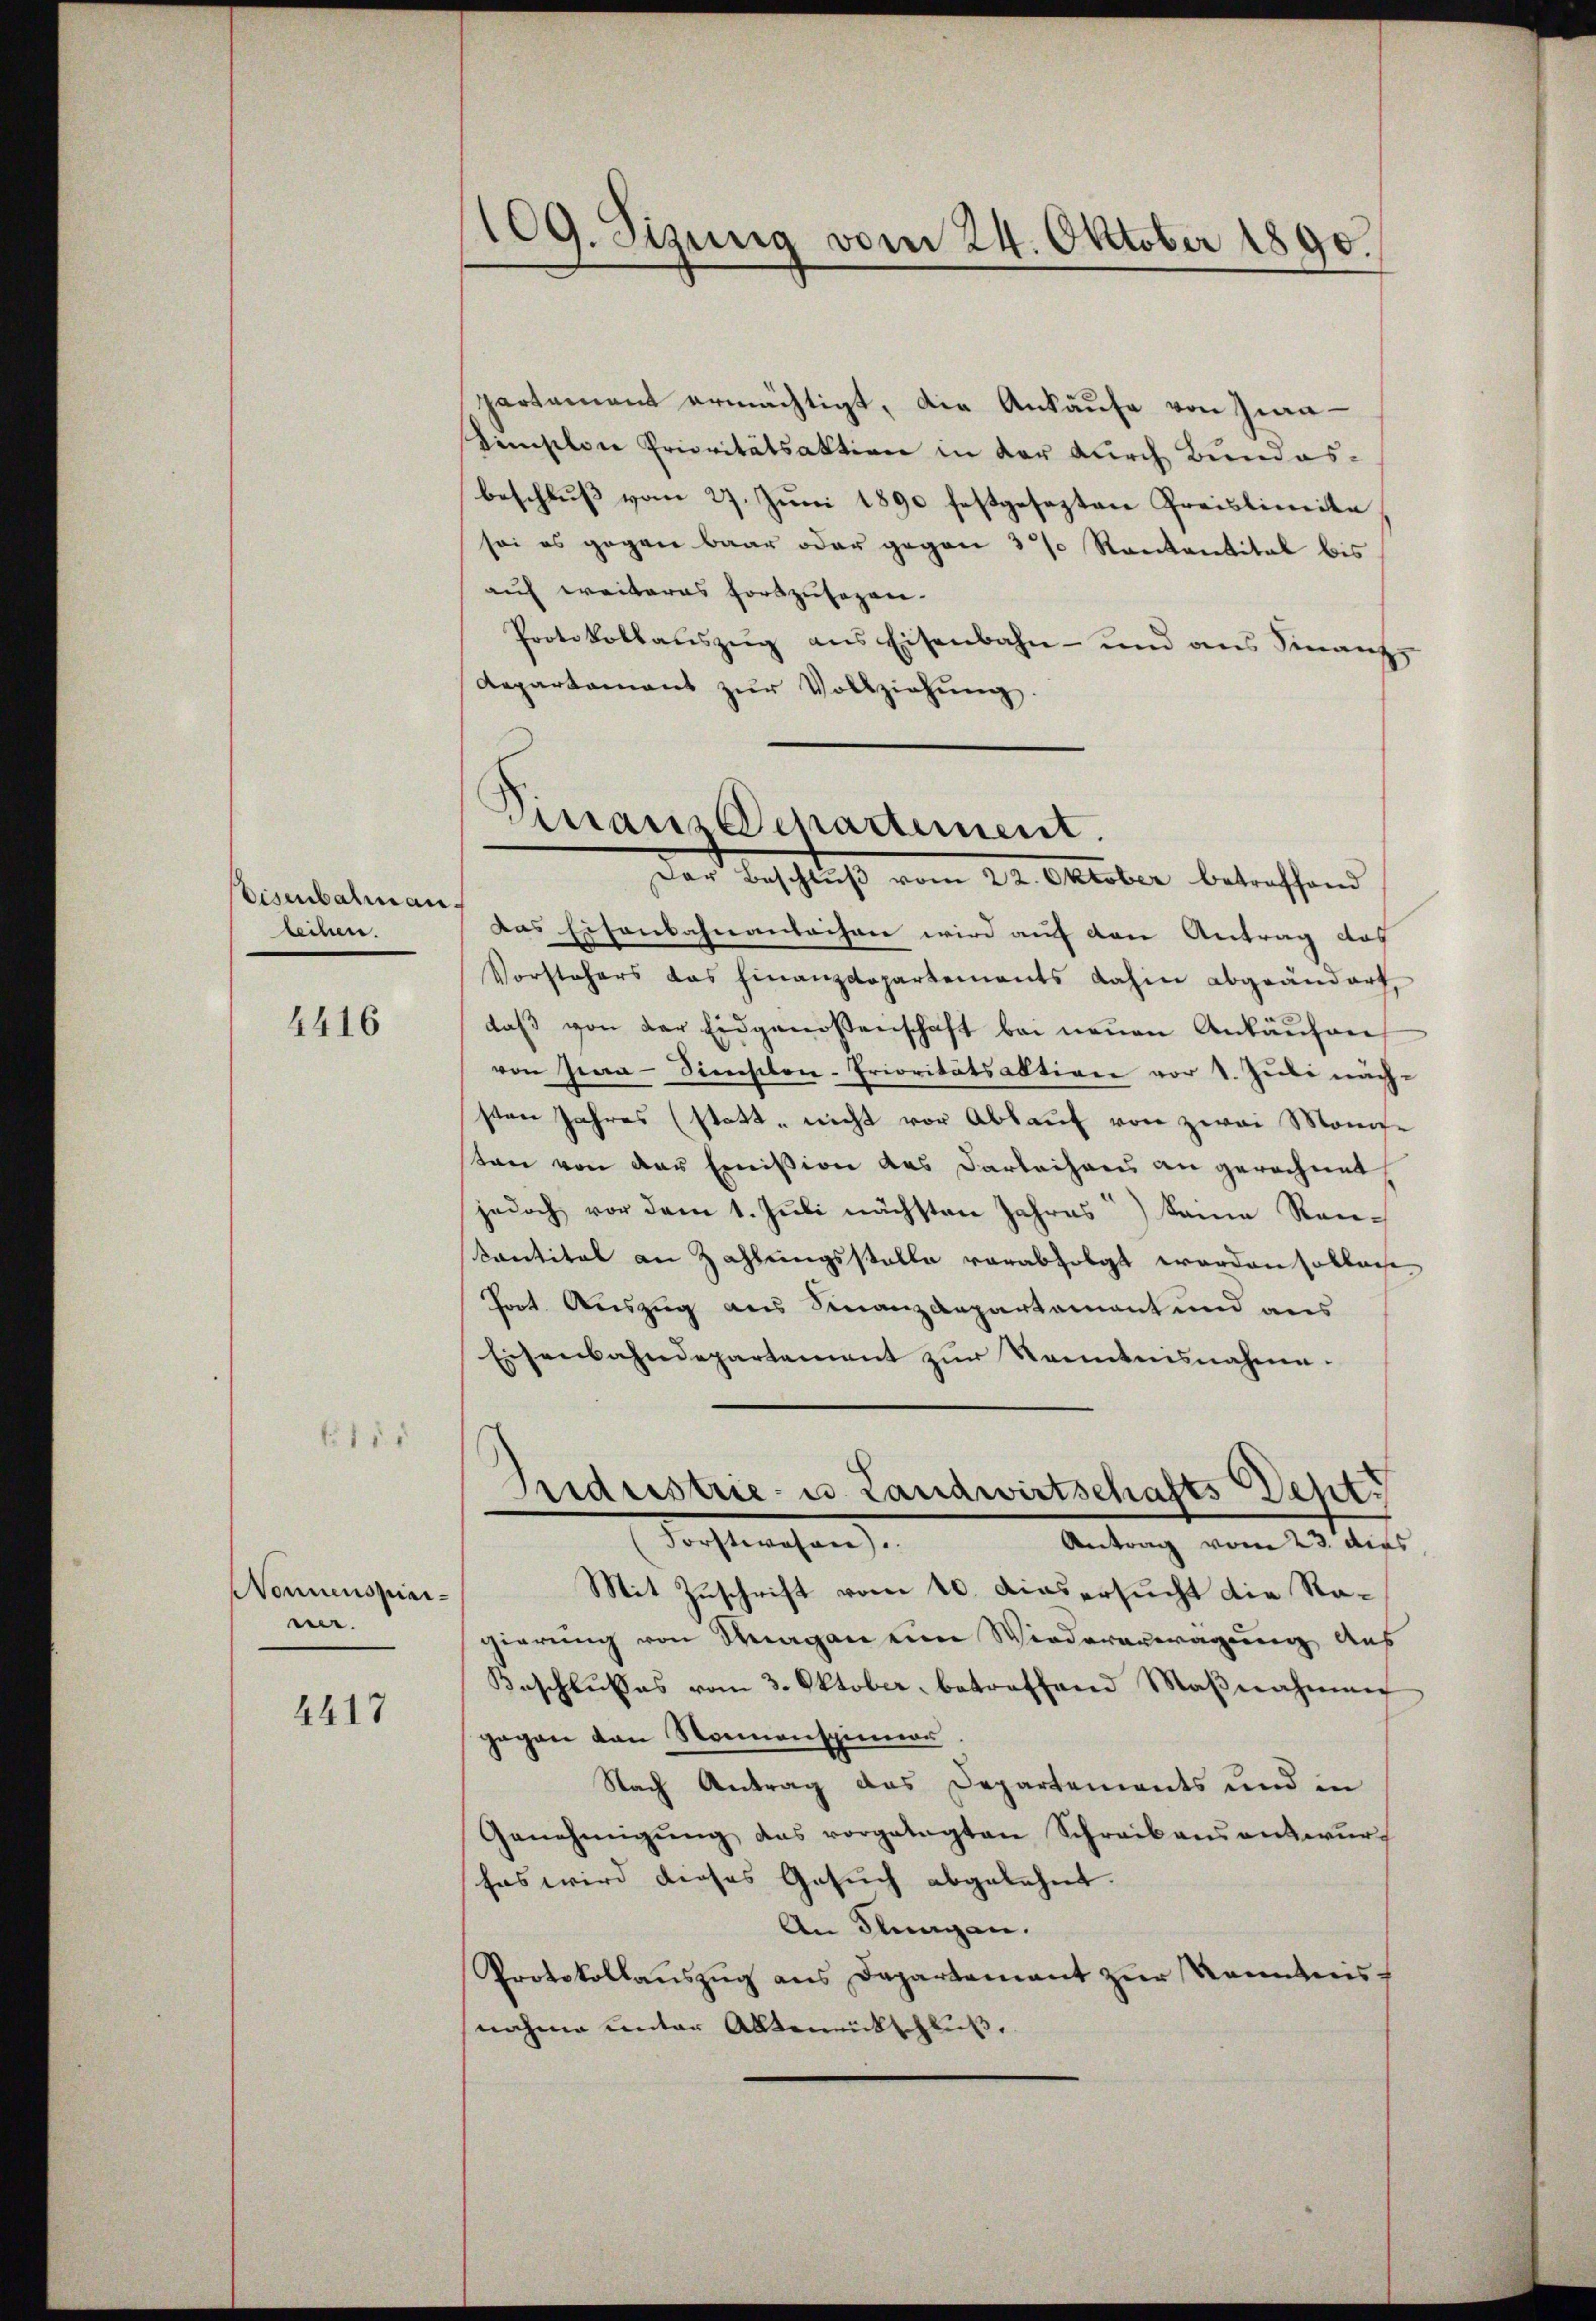
Disenbarmanleihen.

4416

158

Wonnenspiar-
n.

4417

109. Sizung vom 24. Oktober 1890.

partement ermächtigt, die Ankäufe von Zwa
Künstlere Prioritätsaktion in der durch Bundesbeschluß vom 27. Juni 1890 festgesezten Preislimite
soi es gegen baar oder gegen 3% Rankantital bis
auf weiteres fortzusehen.
Protokollaŭszŭg ans Eisenbahn- und ans Finanz-
Aepartamant zŭr Vollziehŭng.

das Eisenbahnanleihen wird auf den Antrag auf
Vorstehers das Finanzdepartements dahin abgeändert,
daβ von der Eidgenossenschaft bei neuen Ankäufen
von Jea-Siechilen-Prioritätsaktion vor 1. Juli nächsten Jahres (statt, nicht vor Abkauf von zwei Monastan von der Emission das Darleihans an gerechnet,
jedoch vor dem 1. Juli nächsten Jahres keine Renkantital an Zahlungsstelle verabfolgt worden sollen
Prot. Auszug aus Finanzdepartamant und aus
Eisenbahndepartement zur Kenntnisnahme.

Finanz Departement.
Der Beschluß vom 22. Oktober betreffend

Trideestrie- u. Landwirtschafts Deht.
dachtsmachen
Antrag vom 23. dies

Mit Zuschrift vom 10. dies ersucht die Ragierung von Stragen eine Wiederanwägung aus
Beschlusses vom 3. Oktober, betreffend Maβnahmen
gegen von Sonnenspinner
Nach Antrag das Departements und in
Genehmigŭng das vorgelegten Schreiben antwŭrf
sas wird dieses Gesuch abgelehnt.
An Klingen.
Protokollauszug aus Departement zur Kenntnis-
nahme unter Altereitschluß.